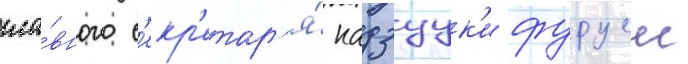
гла́вного с'екр'етар'я́ кадзуук'и фуруеи